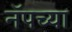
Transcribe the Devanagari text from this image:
नॅपच्या